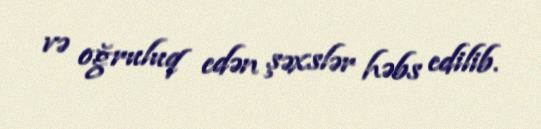
və oğruluq edən şəxslər həbs edilib.